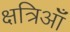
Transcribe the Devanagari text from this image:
क्षत्रिऑँ